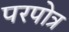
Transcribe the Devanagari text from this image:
परपोत्र